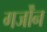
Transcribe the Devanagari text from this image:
गर्जोंन